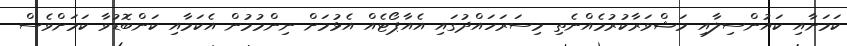
ކަމަށާއި ކައުންސިލާއި މަޝްވަރާކުރުމެއްނެތި މިސަރަހައްދުގައި އެއާޕޯޓެއް އެޅުމަށް ނިންމުމުން އެކަމާއި ކަންބޮޑުވާ ކަމަށްވެސް